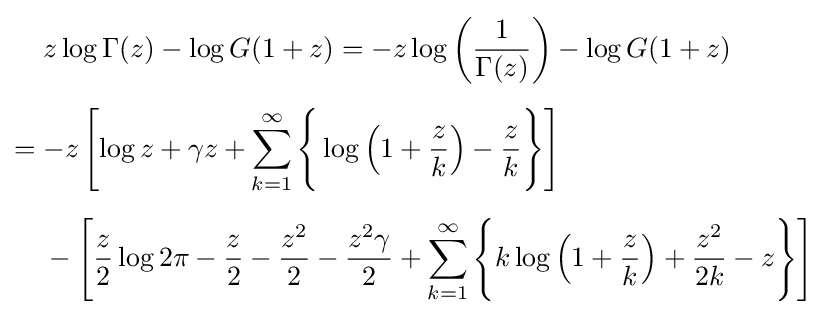
{\begin{aligned}&z\log \Gamma (z)-\log G(1+z)=-z\log \left({\frac {1}{\Gamma (z)}}\right)-\log G(1+z)\\[5pt]={}&{-z}\left[\log z+\gamma z+\sum _{k=1}^{\infty }{\Bigg \{}\log \left(1+{\frac {z}{k}}\right)-{\frac {z}{k}}{\Bigg \}}\right]\\[5pt]&{}-\left[{\frac {z}{2}}\log 2\pi -{\frac {z}{2}}-{\frac {z^{2}}{2}}-{\frac {z^{2}\gamma }{2}}+\sum _{k=1}^{\infty }{\Bigg \{}k\log \left(1+{\frac {z}{k}}\right)+{\frac {z^{2}}{2k}}-z{\Bigg \}}\right]\end{aligned}}